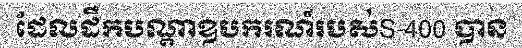
ដែលដឹកបណ្តាឧបករណ៍របស់S-400 បាន